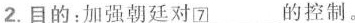
2.目的：加强朝廷对\underline{\square {7}}的控制。